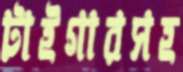
টাইগারসহ